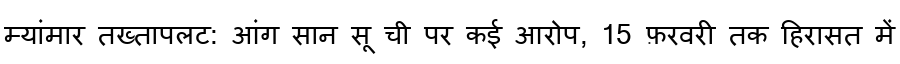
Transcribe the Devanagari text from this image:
म्यांमार तख्तापलट: आंग सान सू ची पर कई आरोप, 15 फ़रवरी तक हिरासत में